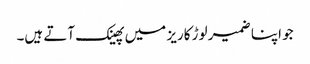
جو اپنا ضمیر لوڑ کاریز میں پھینک آتے ہیں۔